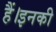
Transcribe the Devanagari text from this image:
हैं।इनकी